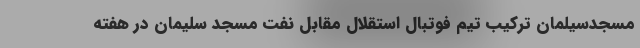
مسجدسیلمان ترکیب تیم فوتبال استقلال مقابل نفت مسجد سلیمان در هفته